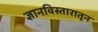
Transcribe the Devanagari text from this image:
ज्ञानविस्तारातून